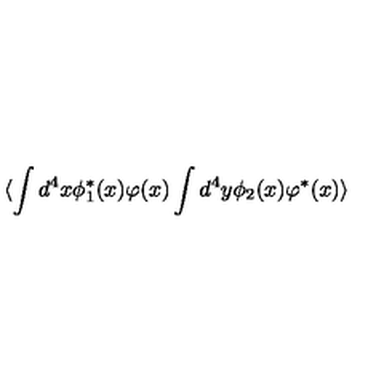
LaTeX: \langle \int d ^ { 4 } x \phi _ { 1 } ^ { * } ( x ) \varphi ( x ) \int d ^ { 4 } y \phi _ { 2 } ( x ) \varphi ^ { * } ( x ) \rangle